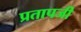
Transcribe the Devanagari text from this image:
प्रतापजी